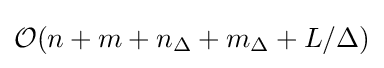
{\mathcal {O}}(n+m+n_{\Delta }+m_{\Delta }+L/\Delta )